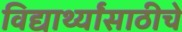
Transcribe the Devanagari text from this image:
विद्यार्थ्यांसाठीचे